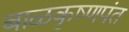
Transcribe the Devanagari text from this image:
बाळकृष्णपंत